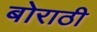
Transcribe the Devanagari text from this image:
बोराठी